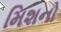
મિશનો